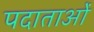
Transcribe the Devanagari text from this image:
पदाताओं